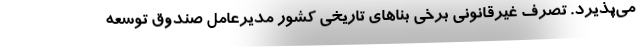
می‌پذیرد. تصرف غیرقانونی برخی بناهای تاریخی کشور مدیرعامل صندوق توسعه